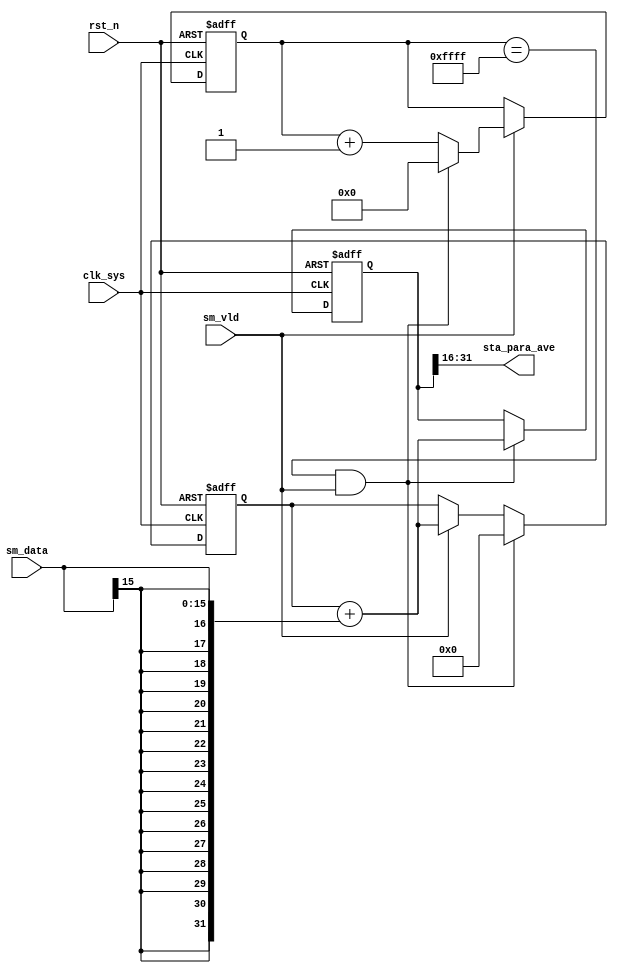
//para_time.v

`ifdef SIM
	`define PARA_PERIOD 16'h7
`else
	`ifndef PARA_PERIOD
		`define PARA_PERIOD 16'hFFFF
	`endif
`endif

module para_time(
//data path
sm_data,
sm_vld,
//output para
sta_para_ave,
//clk rst
clk_sys,
rst_n
);
//data path
input [15:0]	sm_data;
input					sm_vld;
//output para
output [15:0]	sta_para_ave;
//clk rst
input clk_sys;
input rst_n;
//--------------------------------
//--------------------------------


//-------- main count --------
reg [15:0] cnt_vld;
wire finish_period = (cnt_vld == `PARA_PERIOD) & sm_vld;
always @ (posedge clk_sys or negedge rst_n)	begin
	if(~rst_n)
		cnt_vld <= 16'h0;
	else if(sm_vld)
		if(finish_period)
			cnt_vld <= 16'h0;
		else
			cnt_vld <= cnt_vld + 16'h1;
	else ;
end


//--------- sum and average -------
reg [31:0] sum_temp;
wire [31:0] a = {{16{sm_data[15]}},sm_data};
always @ (posedge clk_sys or negedge rst_n)	begin
	if(~rst_n)
		sum_temp <= 32'h0;
	else if(finish_period)
		sum_temp <= 32'h0;
	else if(sm_vld)
		sum_temp <= sum_temp + a;
	else; 
end

reg [31:0] sum_data;
always @(posedge clk_sys or negedge rst_n)	begin
	if(~rst_n)
		sum_data <= 32'h0;
	else if(finish_period)
		sum_data <= sum_temp + a;
	else ;
end


//-------- output sm_ave -------- 
wire [15:0] sta_para_ave;
`ifdef SIM
assign	sta_para_ave = sum_data[18:3];
`else 
assign	sta_para_ave = sum_data[31:16];
`endif

endmodule